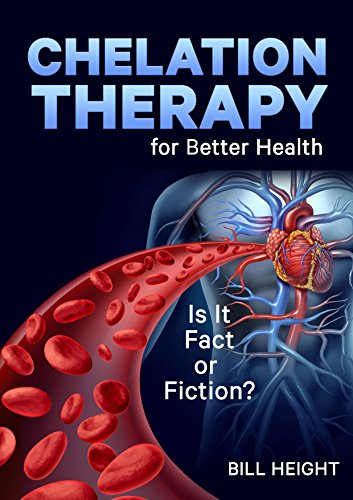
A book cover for Chelation Therapy is it Fact or Fiction; Bill Height; Health, Fitness & Dieting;